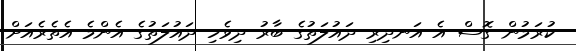
ކުރަމުން ގޮސް އެ އަނދިރި ދައުލަތުގެ ބާރު ދިވެހި ދައުލަތުގެ އެންމެ އެތެރެއަށް